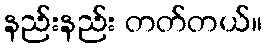
နည်းနည်း တတ်တယ်။